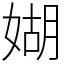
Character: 媩